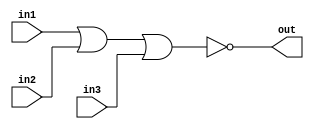
/*
    CS/ECE 552 FALL '22
    Homework #2, Problem 1

    3 input NOR
*/
module nor3 (out,in1,in2,in3);
    output out;
    input  in1,in2,in3;
    assign out = ~(in1 | in2 | in3);
endmodule